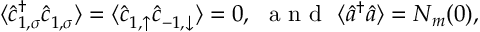
\langle \hat { c } _ { { 1 } , \sigma } ^ { \dagger } \hat { c } _ { { 1 } , \sigma } ^ { \phantom { \dagger } } \rangle = \langle \hat { c } _ { { 1 } , \uparrow } ^ { \phantom { \dagger } } \hat { c } _ { { - 1 } , \downarrow } ^ { \phantom { \dagger } } \rangle = 0 , \ \textnormal { a n d } \ \langle \hat { a } ^ { \dagger } \hat { a } \rangle = N _ { m } ( 0 ) ,